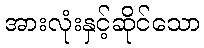
အားလုံးနှင့်ဆိုင်သော